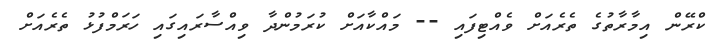
ކްރޭން އިމާރާތުގެ ތެރެއަށް ވެއްޓިފައި -- މައްކާއަށް ކުރަމުންދާ ވިއްސާރައިގައި ހަރަމްފުޅު ތެރެއަށް